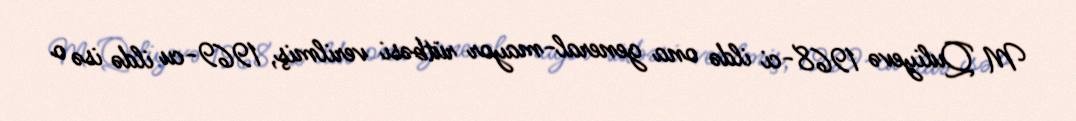
M Quliyevə 1968-ci ildə ona general-mayor rütbəsi verilmiş, 1969-cu ildə isə o